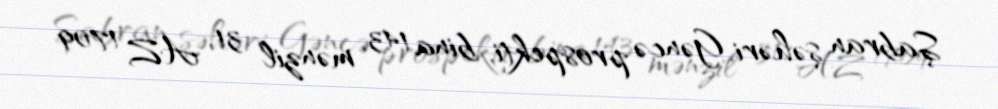
Şabran şəhəri, Gəncə prospekti, bina 143, mənzil 31, AZ 1709